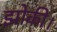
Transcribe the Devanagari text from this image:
झोकी।